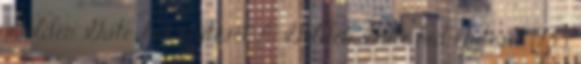
Golden Gate-híd építését A Golden Gate híd építését 1933.